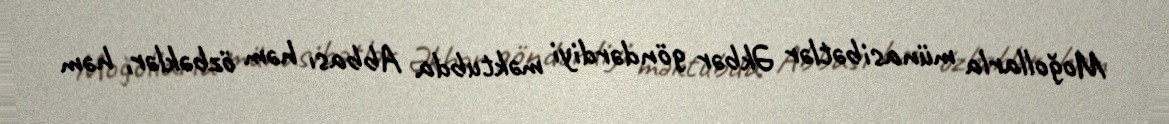
Moğollarla münasibətlər Əkbər göndərdiyi məktubda Abbası həm özbəklər, həm